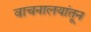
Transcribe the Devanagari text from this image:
वाचनालयांतून